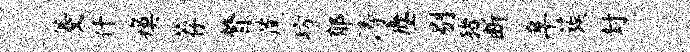
菱什瘼荐瞥蔗坊郁涛麈剔猪断阜蔟封